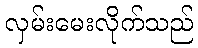
လှမ်းမေးလိုက်သည်